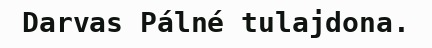
Darvas Pálné tulajdona.